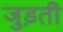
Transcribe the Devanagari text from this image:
जुड़तीं